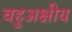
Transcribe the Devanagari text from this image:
बहुअक्षीय